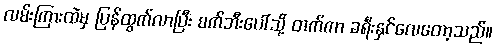
လမ်းကြားထဲမှ ပြန်ထွက်လာပြီး စက်ဘီးပေါ်သို့ တက်ကာ ခရီးနှင်လေတော့သည်။